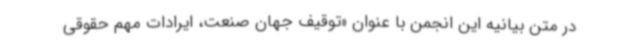
در متن بیانیه این انجمن با عنوان «توقیف جهان صنعت، ایرادات مهم حقوقی